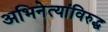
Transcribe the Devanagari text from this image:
अभिनेत्यांविरुद्ध